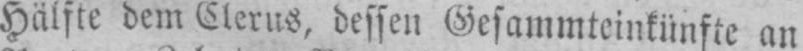
Hälfte dem Clerus, dessen Gesammteinkünfte an